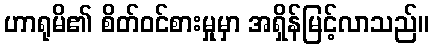
ဟာရုမိ၏ စိတ်ဝင်စားမှုမှာ အရှိန်မြင့်လာသည်။